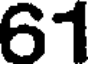
61